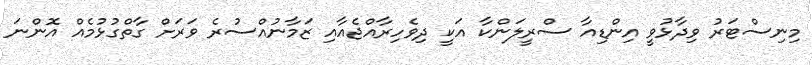
މިނިސްޓަރު ވިދާޅުވީ އިންޑިއާ ސްރީލަންކާ އަކީ ދިވެހިރާއްޖެއާއި ޒަމާނުއްސުރެ ވަރަށް ގާތްގުޅުމެއް އޮންނަ